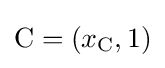
\mathrm {C} =(x_{\mathrm {C} },1)